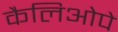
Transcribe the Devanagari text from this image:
कैलिओपे